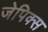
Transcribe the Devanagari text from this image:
जेपिक्स